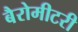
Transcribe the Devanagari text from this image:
बैरोमीटरी